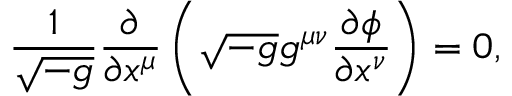
\frac { 1 } { \sqrt { - g } } \frac { \partial } { \partial x ^ { \mu } } \left( \sqrt { - g } g ^ { \mu \nu } \frac { \partial \phi } { \partial x ^ { \nu } } \right) = 0 ,